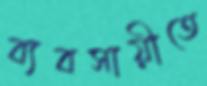
ব্যবসায়ীতে